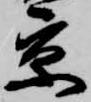
京